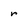
Character: r